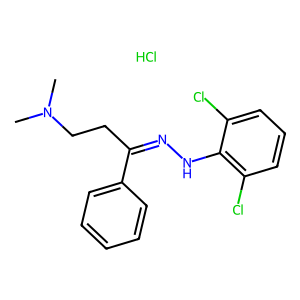
SMILES: CN(C)CCC(=NNc1c(Cl)cccc1Cl)c1ccccc1.Cl
Inhibits HIV replication: No